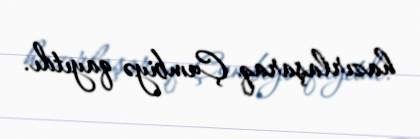
hazırlaşaraq Çumbiyə qayıtdı.